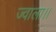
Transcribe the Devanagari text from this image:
ज्वाला।।